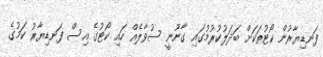
ފަނޑިޔާރުން ކޯޓުތަކަށް ބަދަލުކުރުމުގައި ގާނޫނީ ސުވާލެއް ހައި ކޯޓުގެ އިސް ފަނޑިޔާރު ކަމުގެ